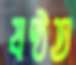
ষষ্ঠত